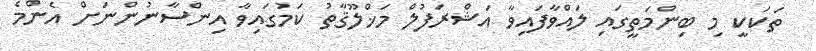
ތަކަކީ މި ބިންމަތީގައި ލައްވާފައިވާ އަޝްރަފުލް މަޚްލޫޤާތު ކަމުގައިވާ އިންސާނުންނަށް އެންމެ